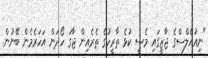
"ނިއުއެލްސްގެ ޖާޒީގައި މެސީ ކުޅެ ތާރީހުގެ ތެރެއިން ޖާގަ ހޯދަން އަހަރެމެން ބޭނުން.